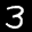
Label: 3